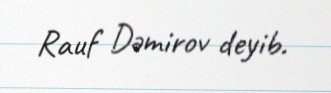
Rauf Dəmirov deyib.